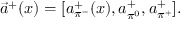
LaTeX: \vec { a } ^ { + } ( x ) = [ a _ { \pi ^ { - } } ^ { + } ( x ) , a _ { \pi ^ { 0 } } ^ { + } , a _ { \pi ^ { + } } ^ { + } ] .